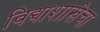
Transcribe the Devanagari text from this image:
विद्याशाखेचा